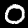
Digit: 0